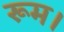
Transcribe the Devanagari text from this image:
रूम।